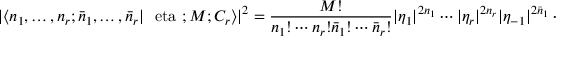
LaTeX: | \langle n _ { 1 } , \ldots , n _ { r } ; \bar { n } _ { 1 } , \ldots , \bar { n } _ { r } | \mathrm { \boldmath ~ \ e t a ~ } ; M ; C _ { r } \rangle | ^ { 2 } = { \frac { M ! } { n _ { 1 } ! \cdots n _ { r } ! \bar { n } _ { 1 } ! \cdots \bar { n } _ { r } ! } } | \eta _ { 1 } | ^ { 2 n _ { 1 } } \cdots | \eta _ { r } | ^ { 2 n _ { r } } | \eta _ { - 1 } | ^ { 2 \bar { n } _ { 1 } } \cdots | \eta _ { - r } | ^ { 2 \bar { n } _ { r } } .